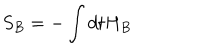
S _ { B } = - \int d t H _ { B }